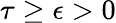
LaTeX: \tau\geq\epsilon>0